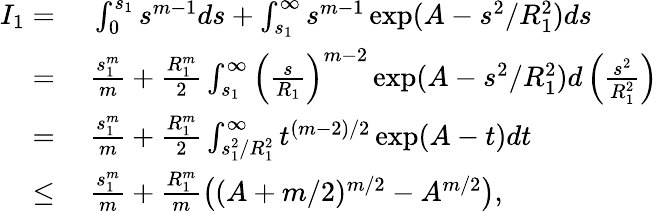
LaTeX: \begin{array}{rl}{I_{1}=}&{~\int_{0}^{s_{1}}s^{m-1}ds+\int_{s_{1}}^{\infty}s^{m-1}\exp(A-s^{2}/R_{1}^{2})ds}\\ {=}&{~\frac{s_{1}^{m}}{m}+\frac{R_{1}^{m}}{2}\int_{s_{1}}^{\infty}\left(\frac{s}{R_{1}}\right)^{m-2}\exp(A-s^{2}/R_{1}^{2})d\left(\frac{s^{2}}{R_{1}^{2}}\right)}\\ {=}&{~\frac{s_{1}^{m}}{m}+\frac{R_{1}^{m}}{2}\int_{s_{1}^{2}/R_{1}^{2}}^{\infty}t^{(m-2)/2}\exp(A-t)dt}\\ {\leq}&{~\frac{s_{1}^{m}}{m}+\frac{R_{1}^{m}}{m}\left((A+m/2)^{m/2}-A^{m/2}\right),}\end{array}